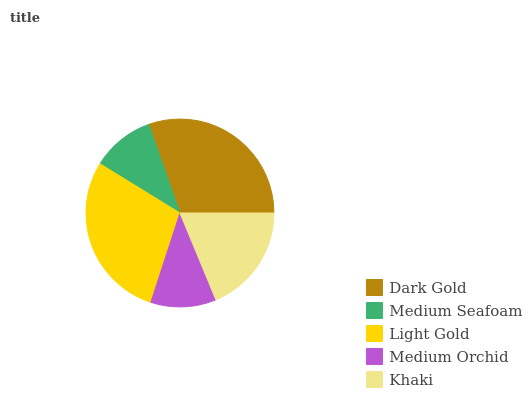
| Dark Gold | Medium Seafoam | Light Gold | Medium Orchid | Khaki |
 | --- | --- | --- | --- | --- |
 | 30.4% | 10.8% | 28.8% | 11.2% | 18.8% |